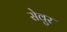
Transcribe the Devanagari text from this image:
सेवुर